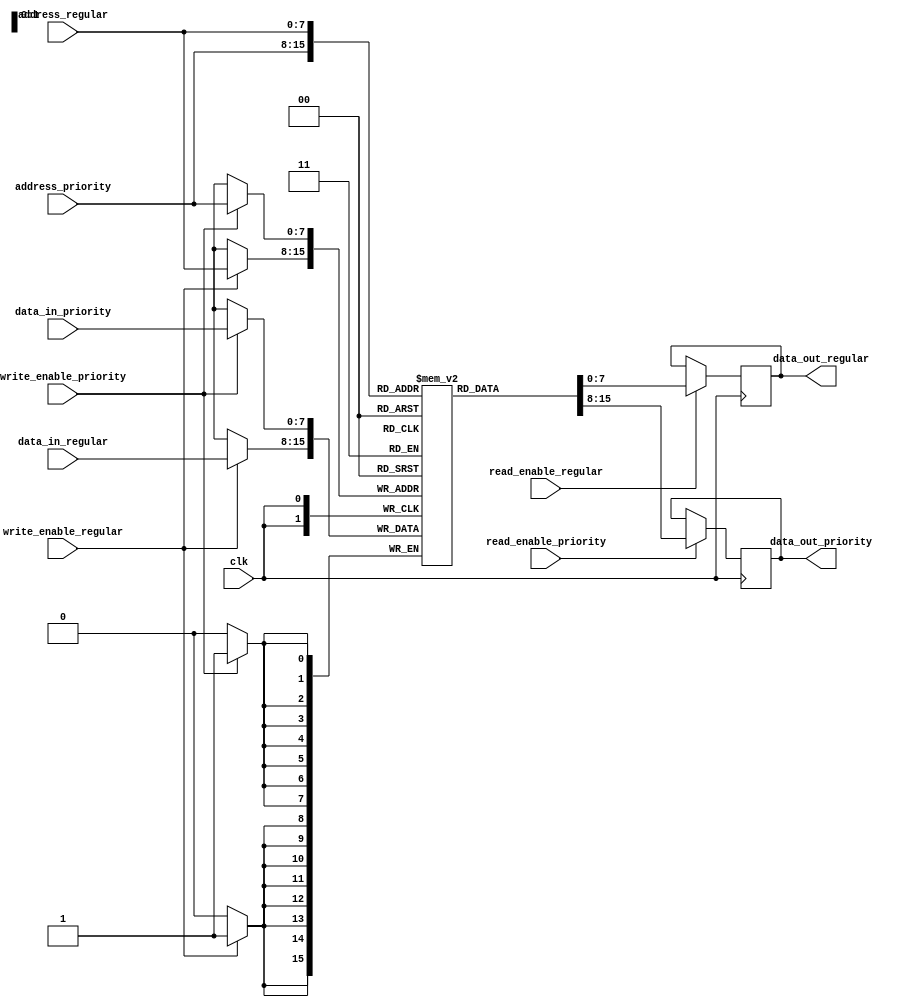
module dual_port_ram (
    input wire clk,
    input wire [7:0] address_priority,
    input wire [7:0] address_regular,
    input wire [7:0] data_in_priority,
    input wire [7:0] data_in_regular,
    input wire write_enable_priority,
    input wire write_enable_regular,
    input wire read_enable_priority,
    input wire read_enable_regular,
    output reg [7:0] data_out_priority,
    output reg [7:0] data_out_regular
);

reg [7:0] memory [0:255]; // 256x8 dual-port RAM

always @(posedge clk) begin
    if (write_enable_priority) begin
        memory[address_priority] <= data_in_priority;
    end
    if (write_enable_regular) begin
        memory[address_regular] <= data_in_regular;
    end
end

always @(posedge clk) begin
    if (read_enable_priority) begin
        data_out_priority <= memory[address_priority];
    end
    if (read_enable_regular) begin
        data_out_regular <= memory[address_regular];
    end
end

endmodule